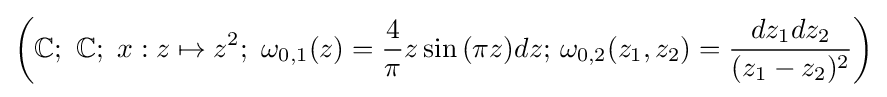
\left(\mathbb {C} ;\ \mathbb {C} ;\ x:z\mapsto z^{2};\ \omega _{0,1}(z)={\frac {4}{\pi }}z\sin {(\pi z)}dz;\,\omega _{0,2}(z_{1},z_{2})={\frac {dz_{1}dz_{2}}{(z_{1}-z_{2})^{2}}}\right)